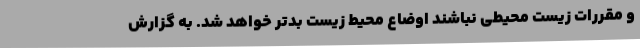
و مقررات زیست محیطی نباشند اوضاع محیط زیست بدتر خواهد شد. به گزارش